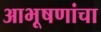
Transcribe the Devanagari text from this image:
आभूषणांचा